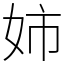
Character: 姉